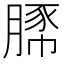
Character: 𧱔